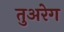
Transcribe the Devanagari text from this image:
तुअरेग